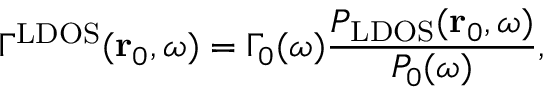
\Gamma ^ { \mathrm { L D O S } } ( \mathbf { r } _ { 0 } , \omega ) = \Gamma _ { 0 } ( \omega ) \frac { P _ { \mathrm { L D O S } } ( \mathbf { r } _ { 0 } , \omega ) } { P _ { 0 } ( \omega ) } ,